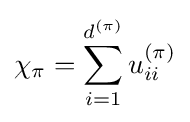
\chi _{\pi }=\sum _{i=1}^{d^{(\pi )}}u_{ii}^{(\pi )}